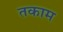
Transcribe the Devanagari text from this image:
तकाम